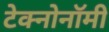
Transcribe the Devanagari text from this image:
टेक्नोनॉमी